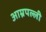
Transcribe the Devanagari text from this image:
आम्रपल्ली